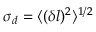
\sigma _ { d } = \langle ( \delta l ) ^ { 2 } \rangle ^ { 1 / 2 }